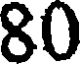
80